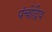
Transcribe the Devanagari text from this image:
पंचोद्रिय